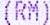
(RM)